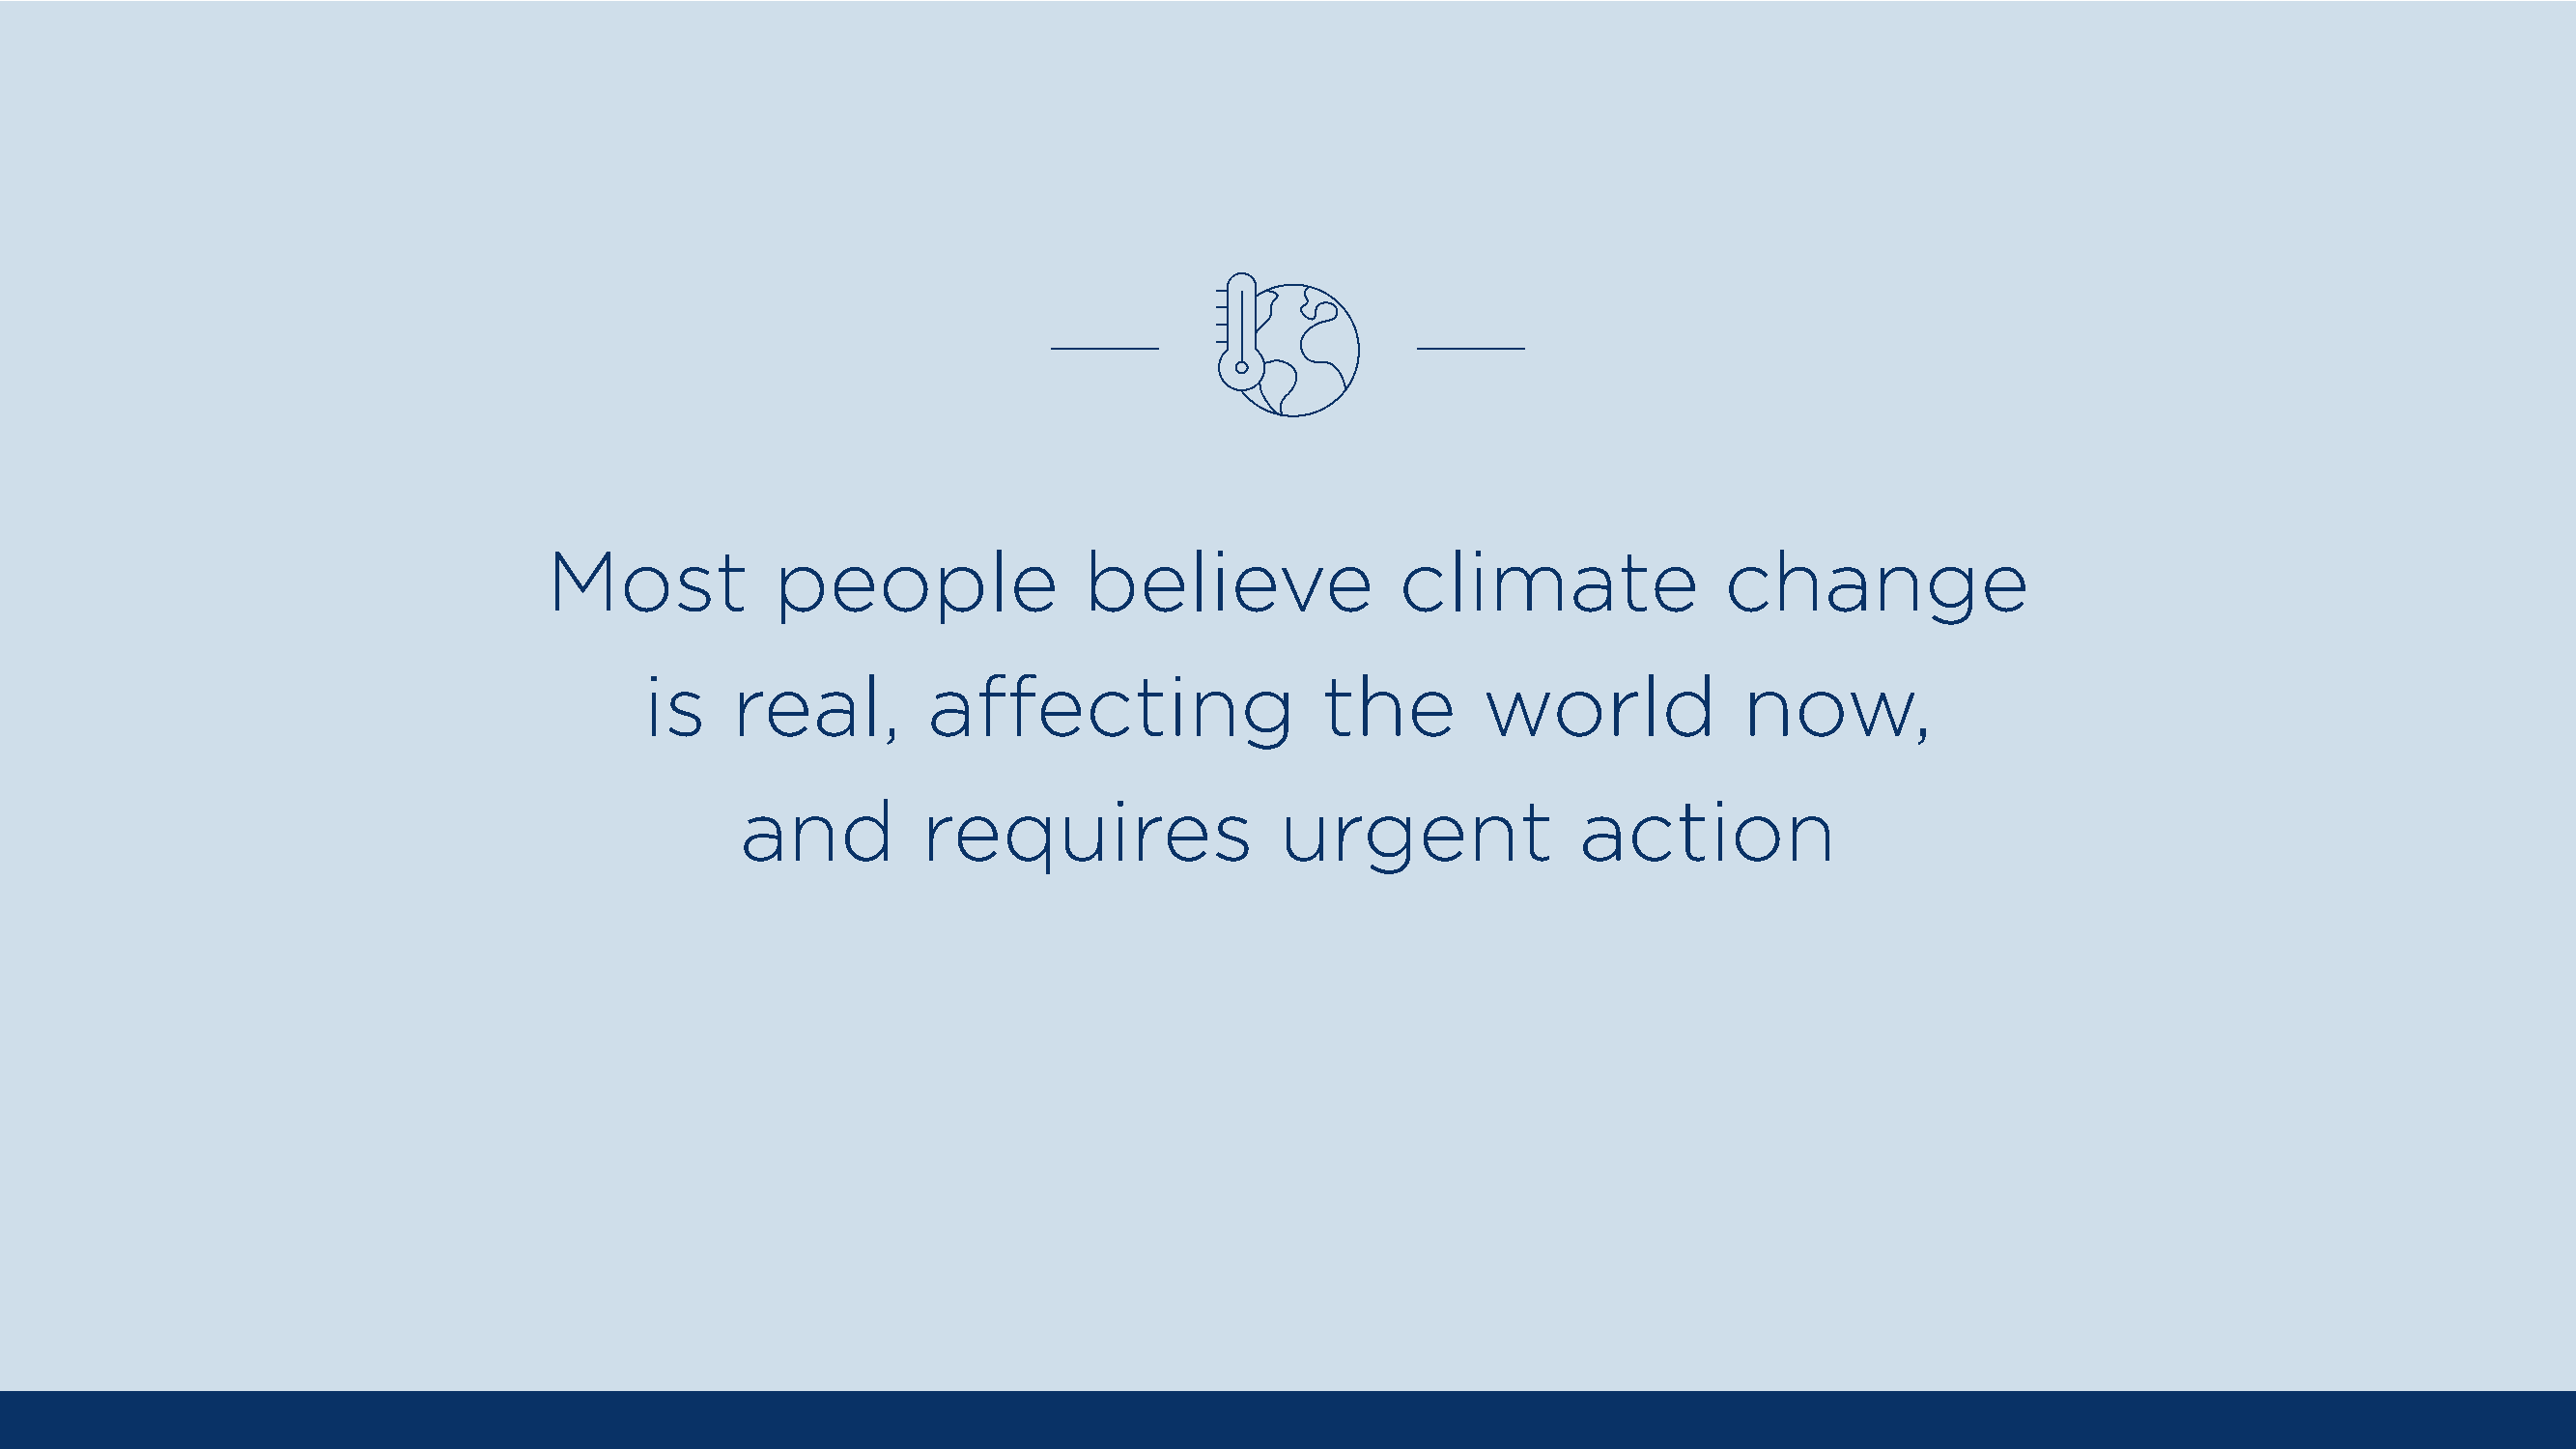
Most            people               believe               climate               change
 is    real,         affecting                  the        world            now,
 and         requires                 urgent              action